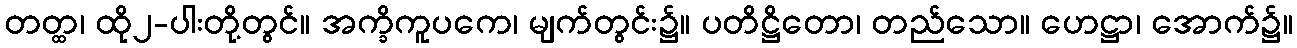
တတ္ထ၊ ထို၂-ပါးတို့တွင်။ အက္ခိကူပကေ၊ မျက်တွင်း၌။ ပတိဋ္ဌိတော၊ တည်သော။ ဟေဋ္ဌာ၊ အောက်၌။